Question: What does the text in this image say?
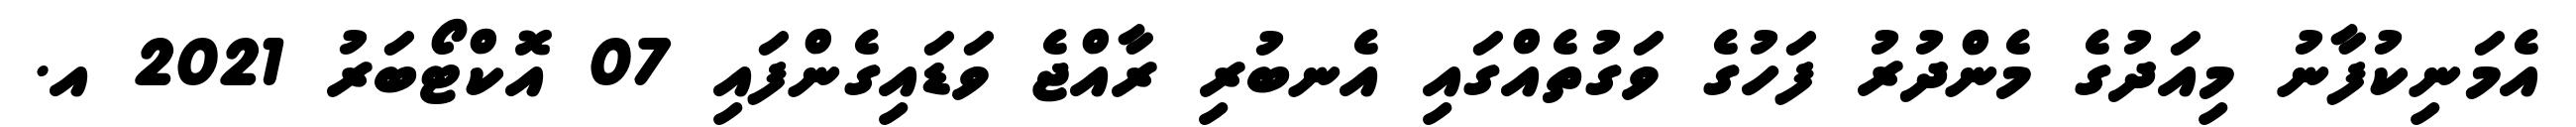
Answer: އެމަނިކުފާނު މިއަދުގެ މެންދުރު ފަހުގެ ވަގުތެއްގައި އެނބުރި ރާއްޖެ ވަޑައިގެންފައި 07 އޮކްޓޯބަރު 2021 އ.